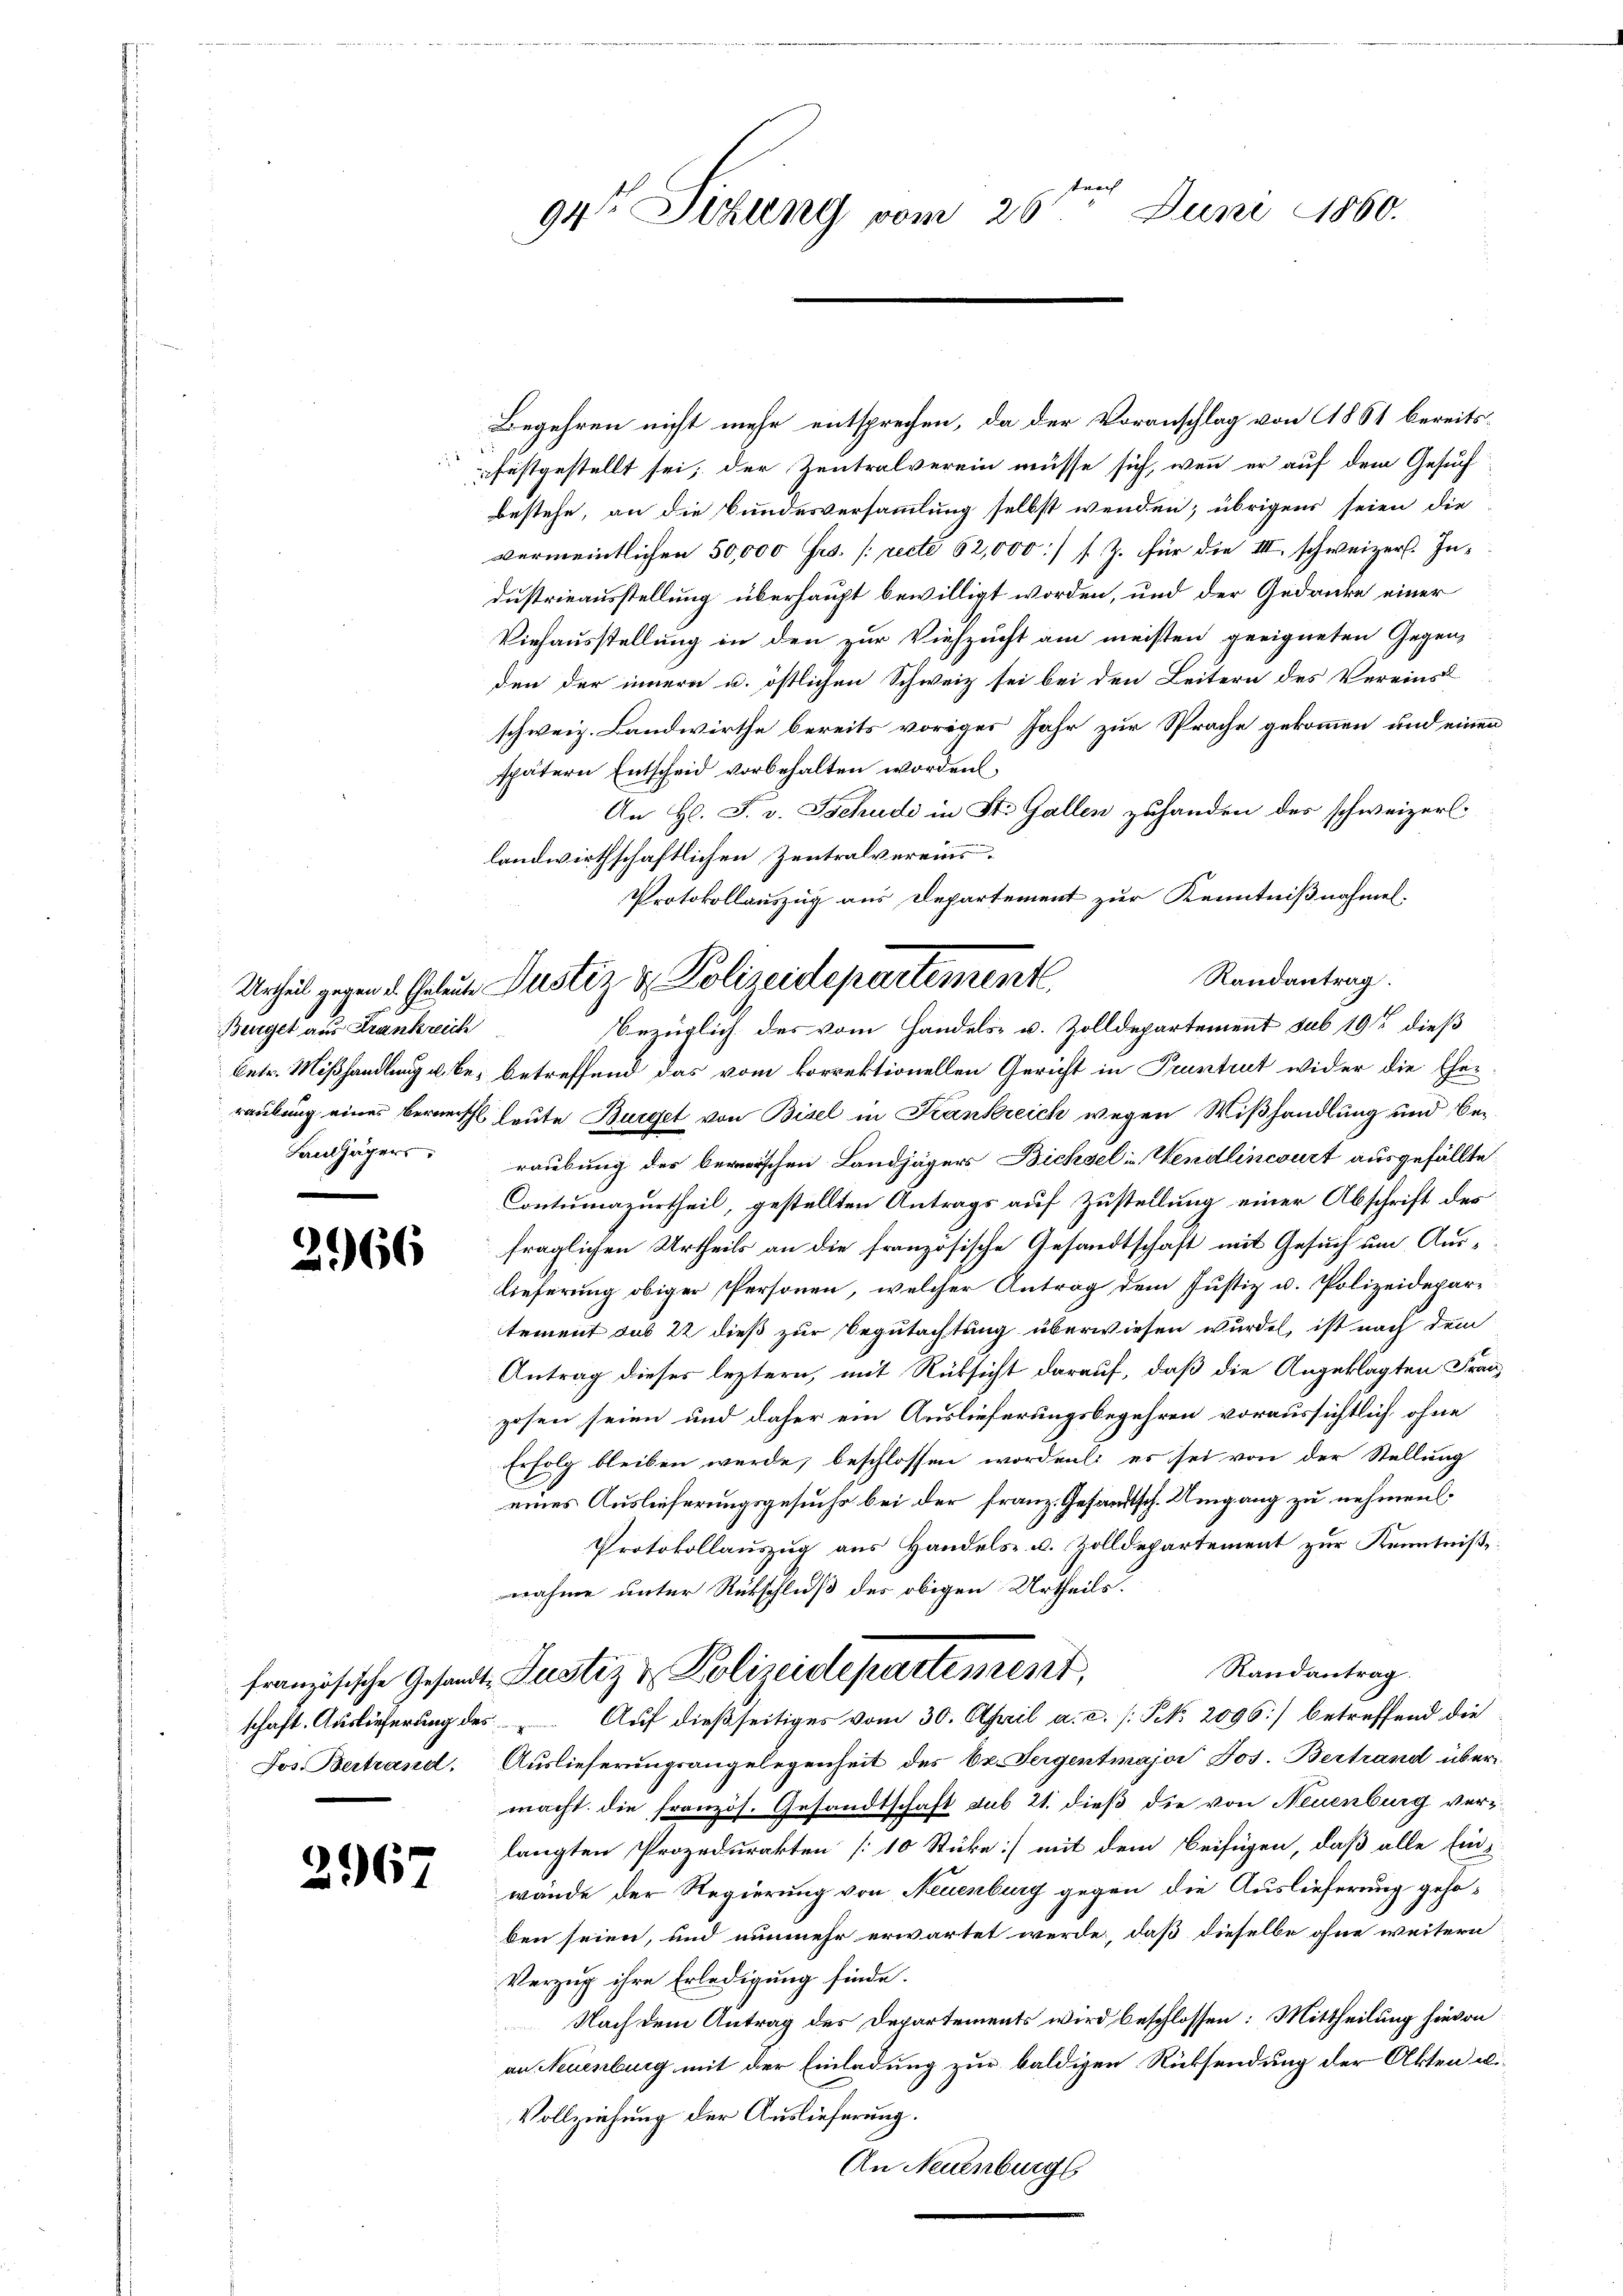
Bürget aus Frankreich

2966

2967

tnach
94te Sitzung vom 26t Juni 1860.

Begehren nicht mehr entsprechen, da der Voranschlag von 1861 bereits-
festgestellt sei; der Zentralverein müsse sich, wenn er auf dem Gesuch
bestehe, an die Bundesversammlung selbst wenden; übrigens seien die
vermeintlichen 50,000 frs. [recte 62,000) s. Z. für die III, schweizer. Industrieausstellung überhaupt bewilligt worden, und der Gedanke einer
Viehausstellung in den zur Viehzucht am meisten geeigneten Gegen-
den der innern u. östlichen Schweiz sei bei den Leitern des Vereinst
schweiz. Landwirthe bereits voriges Jahr zur Sprache gekommen und einen
spätern Entscheid vorbehalten worden
An H. J. v. Tschudi in St. Gallen zuhanden des schweizerl.
landwirthschaftlichen Zentralvereins¬
Protokollauszug aus Departement zur Kenntnißnahmel.
Randantrag.
betr. Mißhandlung u. bei betreffend das vom korrektionellen Gericht in Pruntrut wider die Ehe-
raubung eines bernerschl Leute Burget von Bisel in Krankreich wegen Wißhandlung und be¬
Landjägers raubung des berischen Landjägers Bichsel in Wendlincourt ausgefällte
Contumazurtheil, gestellten Antrags auf Zustellung einer Abschrift des
fraglichen Urtheils an die französische Gesandtschaft mit Gesuch um Auslieferung obiger Personen, welcher Antrag dem Justiz u. Polizeidepartement sub 22 dieß zur Begutachtung überwiesen wurden, ist nach dem
Antrag dieses leztern, mit Rüksicht darauf, daß die Angeklagten Franzosen seien und daher ein Auslieferungsbegehren voraussichtlich, ohne
Erfolg bleiben werde, beschlossen worden; es sei von der Stellung
eines Auslieferungsgesuchs bei der franz. Gesandtsch. Umgang zu nehmen.
Protokollauszug aus Handels- u. Zolldepartement zur Kenntniße
nahme unter Rükschluß des obigen Urtheils.
Randantrag.
französische Gesandt, Justiz & Polizeidepartement.
schaft. Auslieferung des Auf dießseitiges vom 30. April a. c. s. N. 2096) betreffend die
Jos. Bertrand. Auslieferungsangelegenheit des Dr. Sergentmajor Jos. Bertrand übermacht die französ. Gesandtschaft sub 21. dieß die von Neuenburg verlangten Prozedurakten [10 Stücke] mit dem Beifügen, daß alle Ein-
wände der Regierung von Neuenburg gegen die Auslieferung gehöben seien, und nunmehr erwartet werde, daß dieselbe ohne weitern
Verzug ihre Erledigung finde.
Nach dem Antrag des Departements wird beschlossen: Mittheilung hievon
an Neuenburg mit der Einladung zur baldigen Rücksendung der Akten di¬
Vollziehung der Auslieferung.
An Neuenburg

Urheil gegen d. Geleute Dustiz & Polizeidepartement
Bezüglich des vom Handels- u. Zolldepartement sub 19t dieß